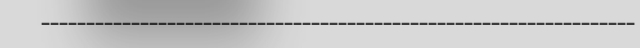
------------------------------------------------------------------